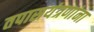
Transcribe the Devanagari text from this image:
तपासयंत्रणांना